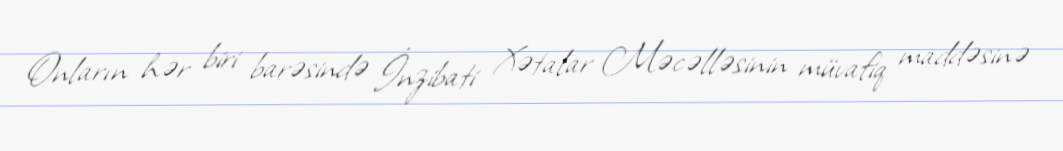
Onların hər biri barəsində İnzibati Xətalar Məcəlləsinin müvafiq maddəsinə